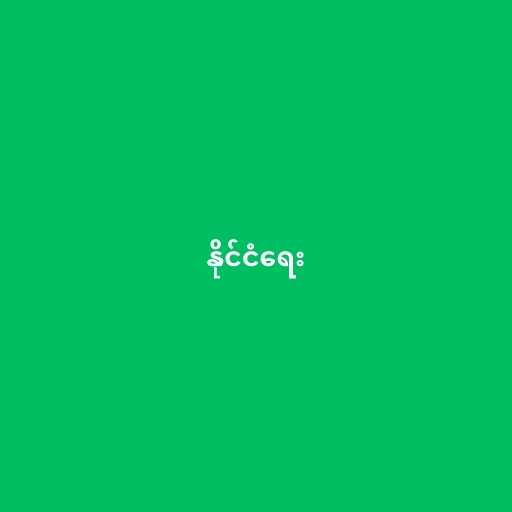
နိုင်ငံရေး